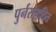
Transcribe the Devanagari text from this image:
पुर्नसंगठित